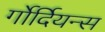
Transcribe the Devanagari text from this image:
र्गोर्दियन्स